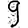
Digit: 9